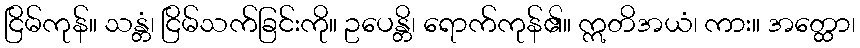
ငြိမ်ကုန်။ သန္တံ၊ ငြိမ်သက်ခြင်းကို။ ဥပေန္တိ၊ ရောက်ကုန်၏။ ဣတိအယံ၊ ကား။ အတ္ထော၊